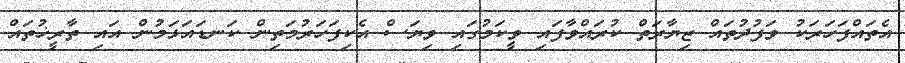
އެތައްފަހަރަކު ވަފުދުތައް ޒިޔާރަތް ކުރައްވާފައި ވީކަމުގައި ވިޔަސް އެކިފަހަރުމަތިން ކަނޑައަޅަމުން އައި ތާރީޚުތައް